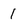
Character: 1